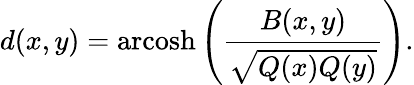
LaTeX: d(x,y)=\operatorname{arcosh}\left({\frac{B(x,y)}{\sqrt{Q(x)Q(y)}}}\right).